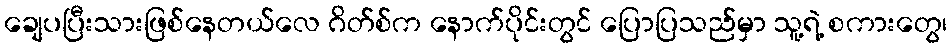
ချေပပြီးသားဖြစ်နေတယ်လေ ဂိတ်စ်က နောက်ပိုင်းတွင် ပြောပြသည်မှာ သူ့ရဲ့ စကားတွေ၊